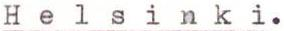
H e l s i n k i.